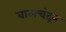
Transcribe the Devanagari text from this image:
बालचंद्रन